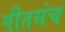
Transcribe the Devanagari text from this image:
गीतसंच